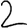
Digit: 2